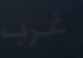
غرب